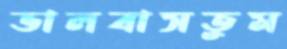
ভালবাসতুম